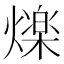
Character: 𭶒